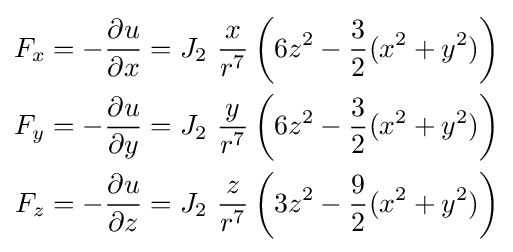
{\begin{aligned}F_{x}&=-{\frac {\partial u}{\partial x}}=J_{2}\ {\frac {x}{r^{7}}}\left(6z^{2}-{\frac {3}{2}}(x^{2}+y^{2})\right)\\F_{y}&=-{\frac {\partial u}{\partial y}}=J_{2}\ {\frac {y}{r^{7}}}\left(6z^{2}-{\frac {3}{2}}(x^{2}+y^{2})\right)\\F_{z}&=-{\frac {\partial u}{\partial z}}=J_{2}\ {\frac {z}{r^{7}}}\left(3z^{2}-{\frac {9}{2}}(x^{2}+y^{2})\right)\end{aligned}}